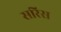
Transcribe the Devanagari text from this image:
सरिस